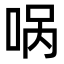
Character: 㖞